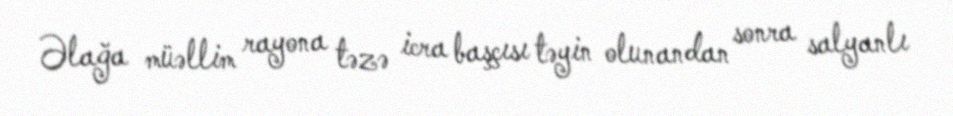
Əlağa müəllim rayona təzə icra başçısı təyin olunandan sonra salyanlı